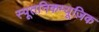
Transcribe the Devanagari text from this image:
स्पूतनिकम्यूज़िक